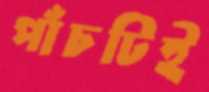
পাঁচটিই